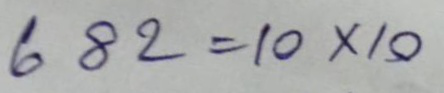
682 = 10 x 10